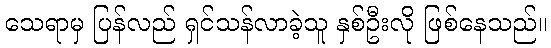
သေရာမှ ပြန်လည် ရှင်သန်လာခဲ့သူ နှစ်ဦးလို ဖြစ်နေသည်။